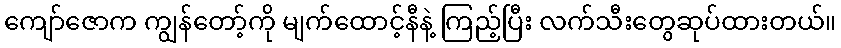
ကျော်ဇောက ကျွန်တော့်ကို မျက်ထောင့်နီနဲ့ ကြည့်ပြီး လက်သီးတွေဆုပ်ထားတယ်။